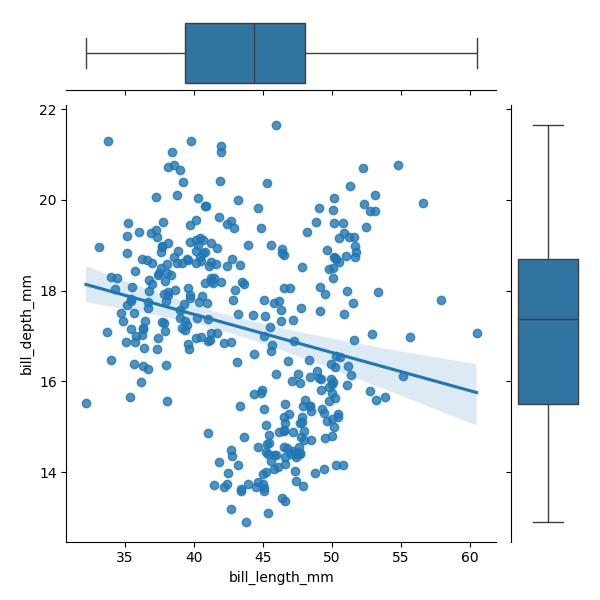
python, seaborn, JointGrid, regplot, boxplot